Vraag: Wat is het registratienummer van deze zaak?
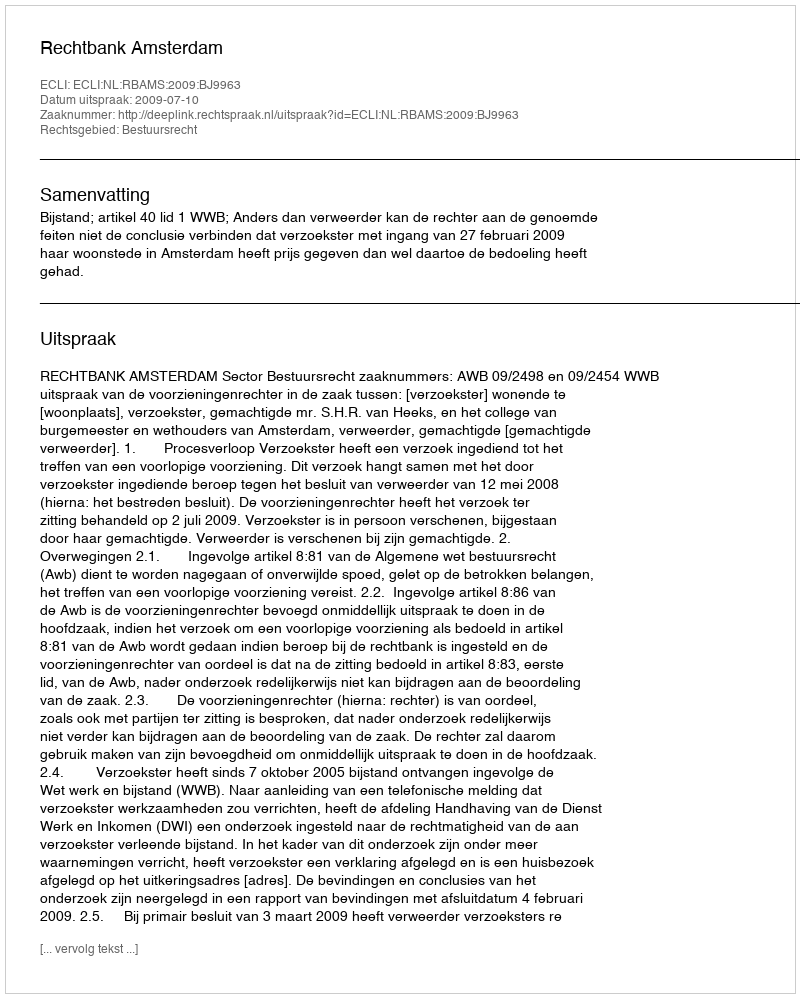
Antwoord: http://deeplink.rechtspraak.nl/uitspraak?id=ECLI:NL:RBAMS:2009:BJ9963